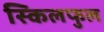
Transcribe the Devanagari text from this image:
स्किलफुल